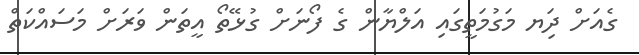
ގެއަށް ދިަޔ މަގުމަތީގައި އަލްޔާން ގެ ފޯނަށް ގުޅޭތޯ އީތަން ވަރަށް މަސައްކަތް